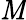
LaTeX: \mathit{M}